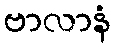
ဗာလာနံ